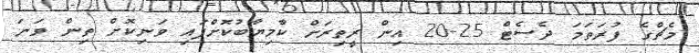
މެޗްގެ ފުރަތަމަ ދެސެޓް 25-20 އިން ރީތިރަށް ކާމިޔާބުކޮށްފައި ވަނިކޮށް ތިން ވަނަ